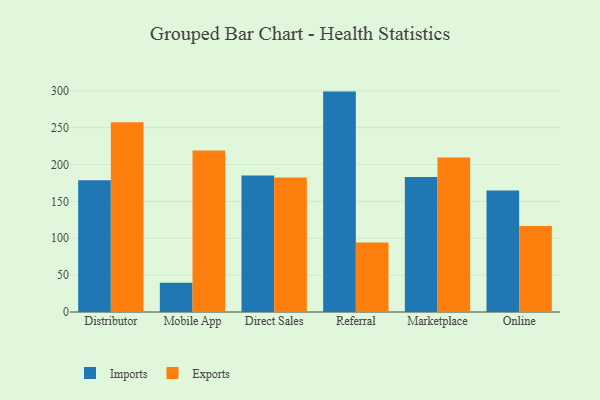
{"axis": {"x": "Channel", "y": "Churn Rate (%)"}, "legend": ["Exports", "Imports"], "data": [{"x": "Distributor", "y": 178.6, "type": "Imports"}, {"x": "Distributor", "y": 257.1, "type": "Exports"}, {"x": "Mobile App", "y": 39.5, "type": "Imports"}, {"x": "Mobile App", "y": 218.8, "type": "Exports"}, {"x": "Direct Sales", "y": 185.1, "type": "Imports"}, {"x": "Direct Sales", "y": 182.4, "type": "Exports"}, {"x": "Referral", "y": 298.8, "type": "Imports"}, {"x": "Referral", "y": 94.3, "type": "Exports"}, {"x": "Marketplace", "y": 183.1, "type": "Imports"}, {"x": "Marketplace", "y": 209.3, "type": "Exports"}, {"x": "Online", "y": 164.7, "type": "Imports"}, {"x": "Online", "y": 116.7, "type": "Exports"}]}